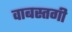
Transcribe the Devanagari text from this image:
वाबस्तगी